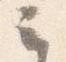
云